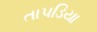
તાપડિયા